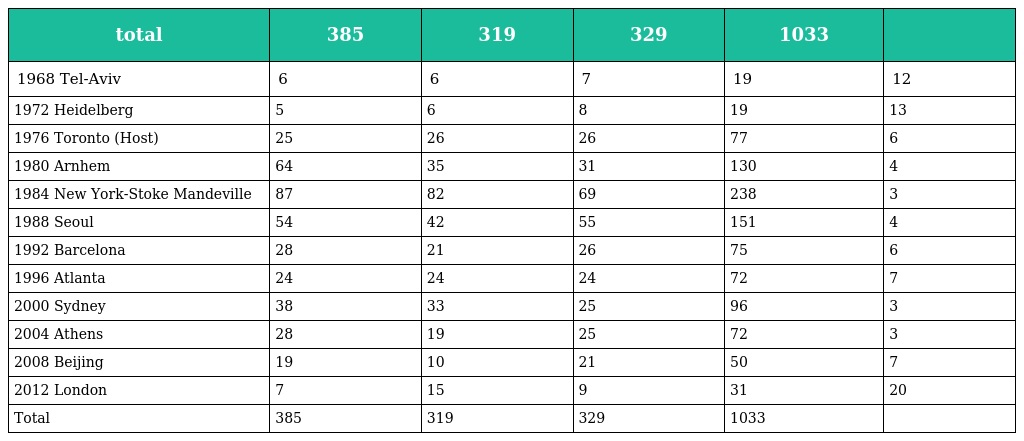
| total | 385 | 319 | 329 | 1033 |  |
 | --- | --- | --- | --- | --- | --- |
 | 1968 Tel-Aviv | 6 | 6 | 7 | 19 | 12 |
 | 1972 Heidelberg | 5 | 6 | 8 | 19 | 13 |
 | 1976 Toronto (Host) | 25 | 26 | 26 | 77 | 6 |
 | 1980 Arnhem | 64 | 35 | 31 | 130 | 4 |
 | 1984 New York-Stoke Mandeville | 87 | 82 | 69 | 238 | 3 |
 | 1988 Seoul | 54 | 42 | 55 | 151 | 4 |
 | 1992 Barcelona | 28 | 21 | 26 | 75 | 6 |
 | 1996 Atlanta | 24 | 24 | 24 | 72 | 7 |
 | 2000 Sydney | 38 | 33 | 25 | 96 | 3 |
 | 2004 Athens | 28 | 19 | 25 | 72 | 3 |
 | 2008 Beijing | 19 | 10 | 21 | 50 | 7 |
 | 2012 London | 7 | 15 | 9 | 31 | 20 |
 | Total | 385 | 319 | 329 | 1033 |  |